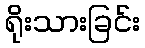
ရိုးသားခြင်း